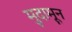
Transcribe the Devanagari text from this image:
मुदामून